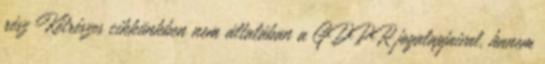
rész Kétrészes cikkünkben nem általában a GDPR jogalapjaival, hanem